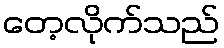
တေ့လိုက်သည်